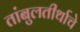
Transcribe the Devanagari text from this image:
तांबुलतीर्थाचे